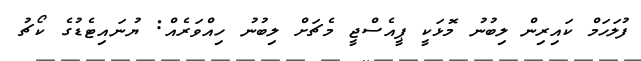
ފުލަހަމް ކައިރިން ލިބުނު މޮޅަކީ ޕީއެސްޖީ މެޗަށް ލިބުނު ހިއްވަރެއް: ޔުނައިޓެޑުގެ ކޯޗު